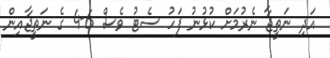
އަދި ނަތީޖާ ނެރުމަށް ކުޅުނު ފަހު ސެޓު ވެސް 6-4 ގެ ނަތީޖާއިން